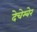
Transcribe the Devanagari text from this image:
देचेम्बेर